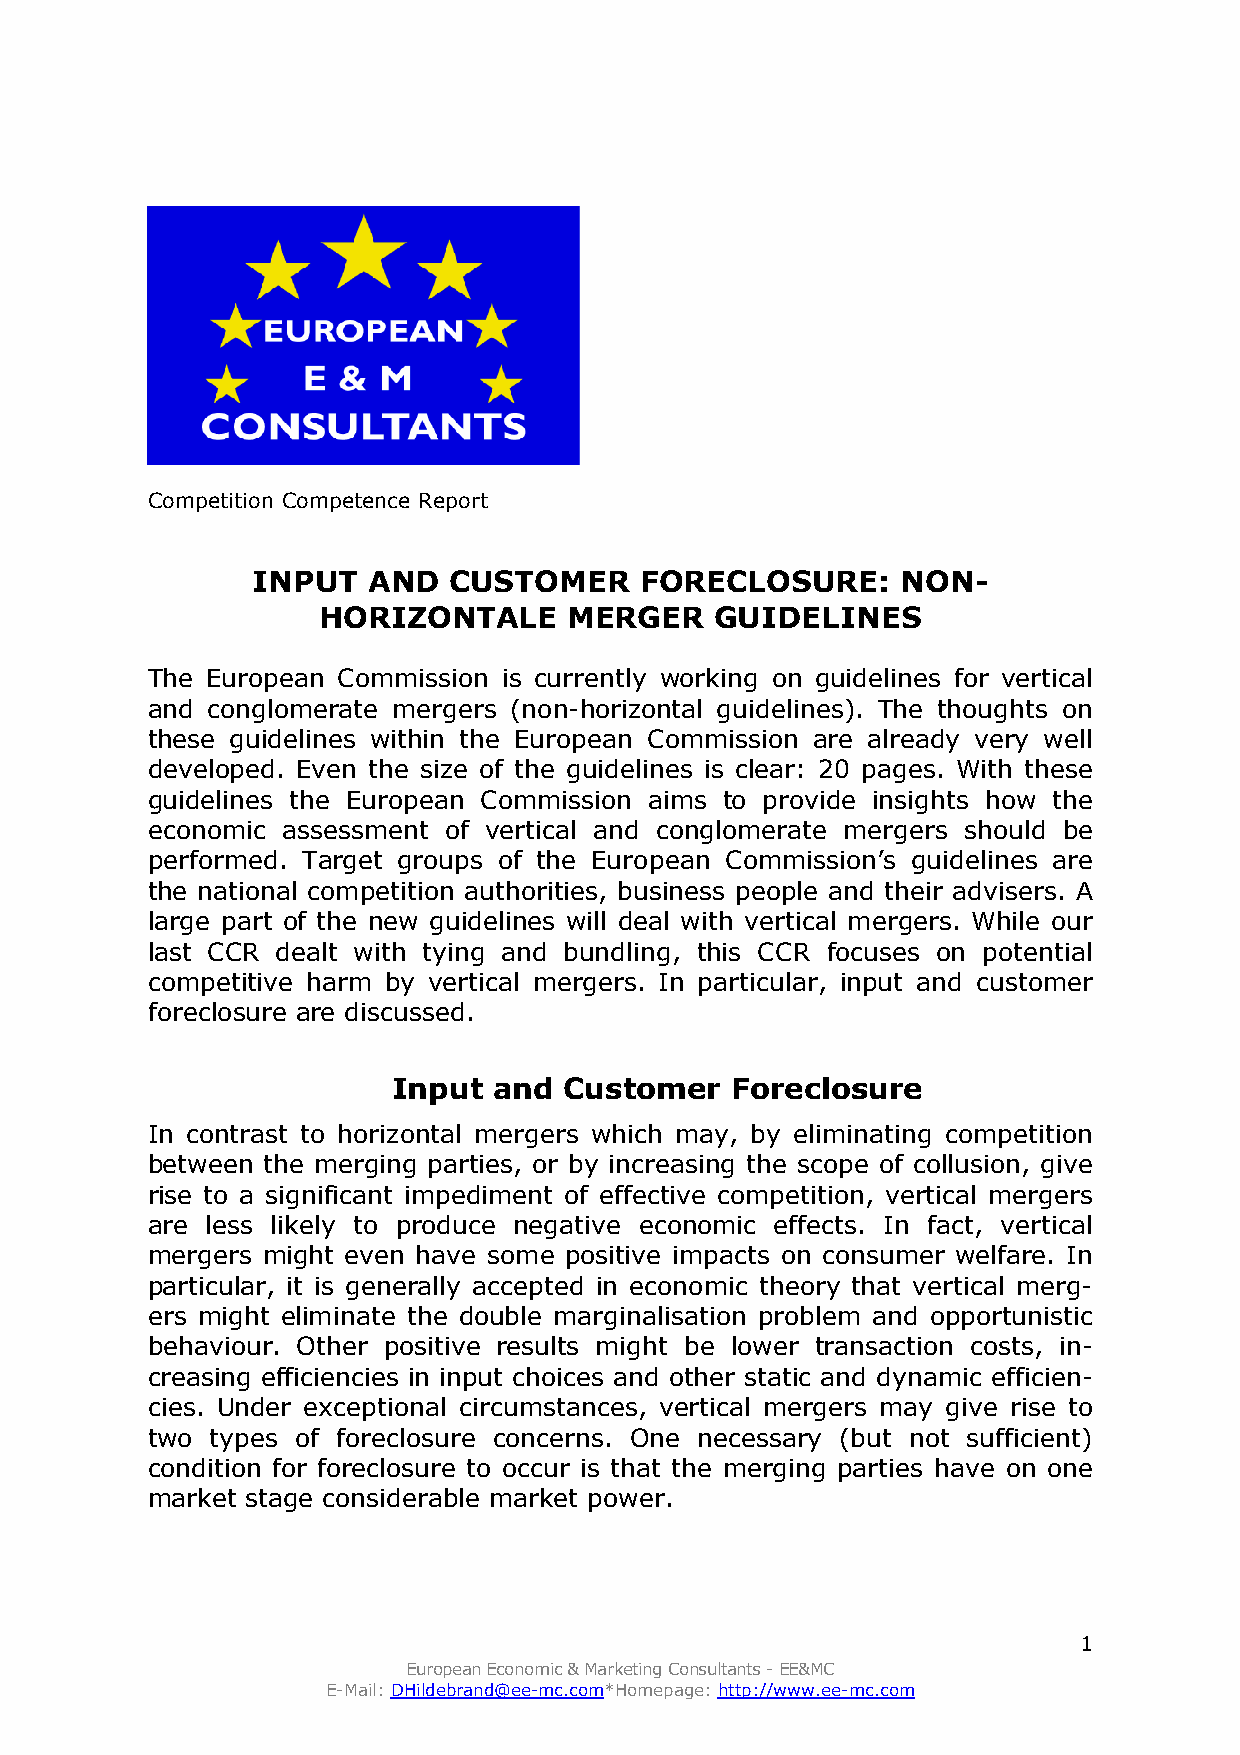
CompetitionCompetenceReport1/2005
 Competition Competence Report
 INPUT  AND   CUSTOMER    FORECLOSURE:      NON-
 HORIZONTALE      MERGER   GUIDELINES
 The European Commission is currently working on guidelines for vertical
 and conglomerate mergers (non-horizontal guidelines). The thoughts on
 these guidelines within the European Commission are already very well
 developed. Even the size of the guidelines is clear: 20 pages. With these
 guidelines the European Commission aims to provide insights how the
 economic assessment of vertical and conglomerate mergers should be
 performed. Target groups of the European Commission’s guidelines are
 the national competition authorities, business people and their advisers. A
 large part of the new guidelines will deal with vertical mergers. While our
 last CCR dealt with tying and bundling, this CCR focuses on potential
 competitive harm by vertical mergers. In particular, input and customer
 foreclosure are discussed.
 Input  and Customer   Foreclosure
 In contrast to horizontal mergers which may, by eliminating competition
 between the merging parties, or by increasing the scope of collusion, give
 rise to a significant impediment of effective competition, vertical mergers
 are less likely to produce negative economic effects. In fact, vertical
 mergers might even have some positive impacts on consumer welfare. In
 particular, it is generally accepted in economic theory that vertical merg-
 ers might eliminate the double marginalisation problem and opportunistic
 behaviour. Other positive results might be lower transaction costs, in-
 creasing efficiencies in input choices and other static and dynamic efficien-
 cies. Under exceptional circumstances, vertical mergers may give rise to
 two types of foreclosure concerns. One necessary (but not sufficient)
 condition for foreclosure to occur is that the merging parties have on one
 market stage considerable market power.
 1
 EuropeanEconomic&MarketingConsultants-EE&MC
 E-Mail:DHildebrand@ee-mc.com*Homepage:http://www.ee-mc.com